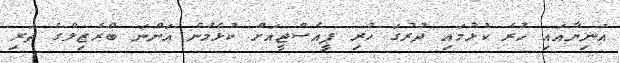
އަނިޔާއައި ހުރެ ކުޅުމައި ދުރުގަ ހުރި ޕީއެސްޖީއަށް ކުޅެމުން އަންނަ ބްރެޒިލްގެ ތަރި